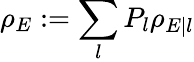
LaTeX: \rho_{E}:=\sum_{l}P_{l}\rho_{E|l}